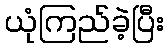
ယုံကြည်ခဲ့ပြီး